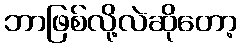
ဘာဖြစ်လို့လဲဆိုတော့